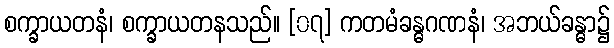
စက္ခာယတနံ၊ စက္ခာယတနသည်။ [၀၇] ကတမံခန္ဓဂဏနံ၊ အဘယ်ခန္ဓာ၌